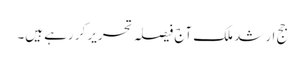
جج ارشد ملک آج فیصلہ تحریر کر رہے ہیں۔